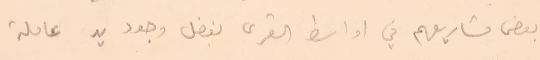
بعض مشاريعهم في اواسط القرى بفضل وجود يد عاملة